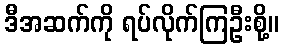
ဒီအဆက်ကို ရပ်လိုက်ကြဦးစို့။